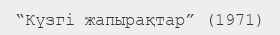
“Күзгі жапырақтар” (1971)